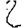
Digit: 2